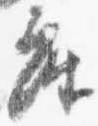
座